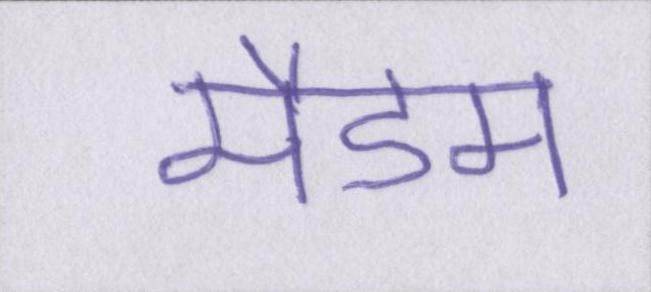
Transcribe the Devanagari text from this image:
मैडम